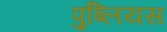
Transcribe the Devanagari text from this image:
पुब्लियस